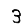
Digit: 3